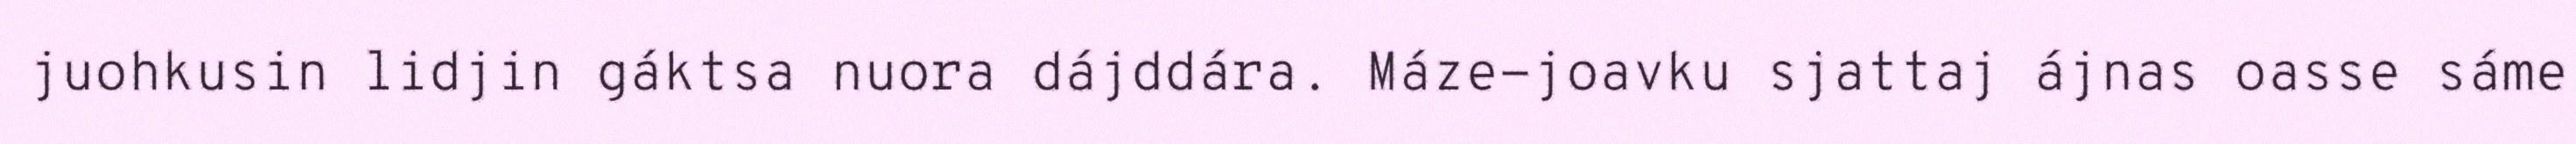
juohkusin lidjin gáktsa nuora dájddára. Máze-joavku sjattaj ájnas oasse sáme